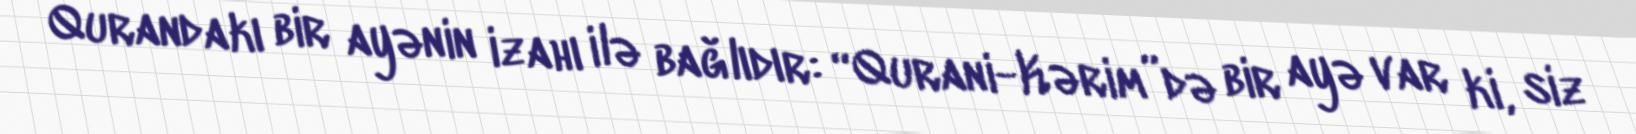
Qurandakı bir ayənin izahı ilə bağlıdır: “Qurani-Kərim”də bir ayə var ki, siz